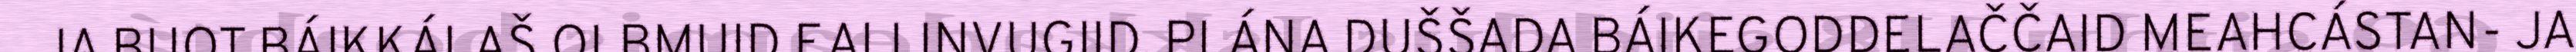
JA BUOT BÁIKKÁLAŠ OLBMUID EALLINVUGIID. PLÁNA DUŠŠADA BÁIKEGODDELAČČAID MEAHCÁSTAN- JA